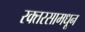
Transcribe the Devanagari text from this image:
रक्तरसामधून